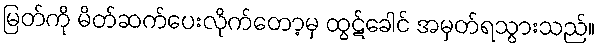
မြတ်ကို မိတ်ဆက်ပေးလိုက်တော့မှ ထွဋ်ခေါင် အမှတ်ရသွားသည်။